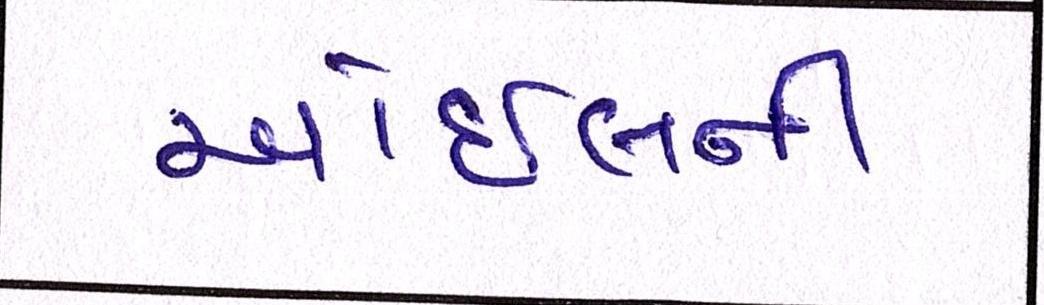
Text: ઓઈલની